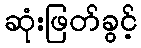
ဆုံးဖြတ်ခွင့်